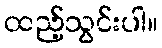
ထည့်သွင်းပါ။